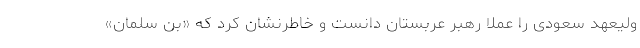
ولیعهد سعودی را عملاً رهبر عربستان دانست و خاطرنشان کرد که «بن سلمان»